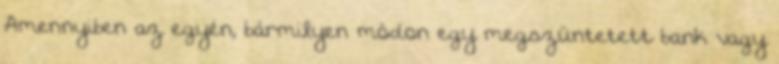
Amennyiben az egyén, bármilyen módon egy megszüntetett bank vagy